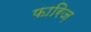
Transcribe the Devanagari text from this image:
फारिज़